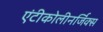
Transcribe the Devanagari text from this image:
एंटीकोलीनर्जिक्स